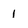
Character: l